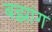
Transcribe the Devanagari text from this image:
बझांग